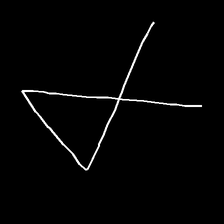
Glyph: collection